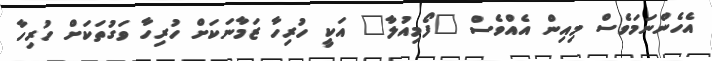
އެހެންނަމަވެސް މިއިން އެއްވެސް "ފޯމިއުލާ" އަކީ ހުރިހާ ޒަމާނަކަށް ހުރިހާ ވަގުތަކަށް ހުރިހާ